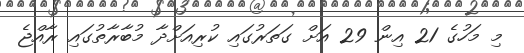
މި މަހުގެ 21 އިން 29 އަށް ގަތަރުގައި ކުރިއަށްދާ މުބާރާތުގައި ރާއްޖެ